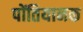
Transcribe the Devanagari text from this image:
पोंतियानक